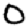
Digit: 0